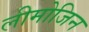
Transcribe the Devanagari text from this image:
लीमोजिन